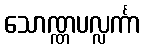
သောဏ္ဏပလ္လင်္ကာ